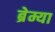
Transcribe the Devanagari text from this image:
ब्रेम्या